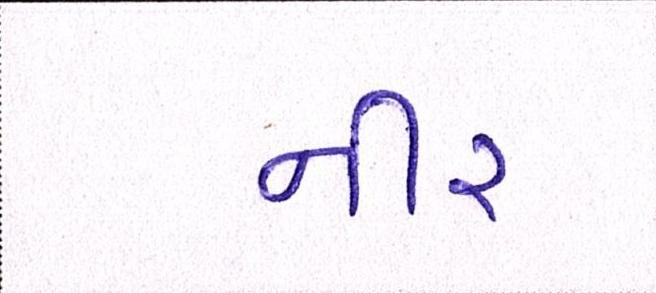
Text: નીર